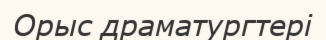
Орыс драматургтері